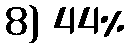
8) 44%